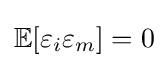
\mathbb {E} [\varepsilon _{i}\varepsilon _{m}]=0